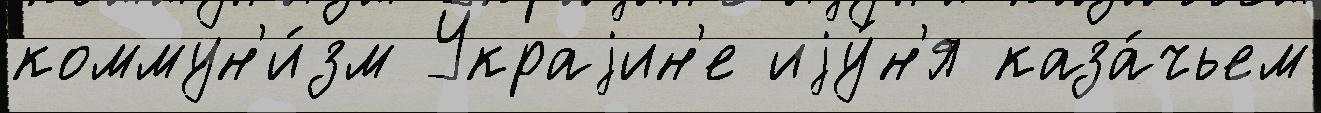
коммун'и́зм Украjин'е иjу́н'я каза́чьем